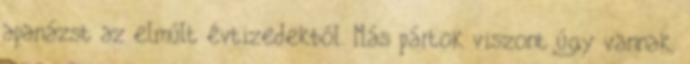
apanázst az elmúlt évtizedekből. Más pártok viszont úgy vannak,